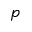
p